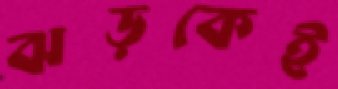
ঝড়কেই